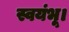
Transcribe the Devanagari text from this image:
स्वयंभू।